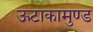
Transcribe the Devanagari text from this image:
ऊटाकामुण्ड